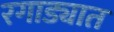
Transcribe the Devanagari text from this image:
रगाड्यात